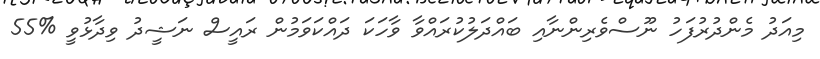
މިއަދު މެންދުރުފަހު ނޫސްވެރިންނާއި ބައްދަލުކުރައްވާ ވާހަކަ ދައްކަވަމުން ރައީސް ނަޝީދު ވިދާޅުވީ %55